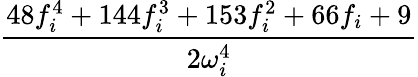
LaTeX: \frac{48f_{i}^{4}+144f_{i}^{3}+153f_{i}^{2}+66f_{i}+9}{2\omega_{i}^{4}}